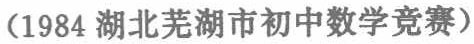
（1984 湖北芜湖市初中数学竞赛）